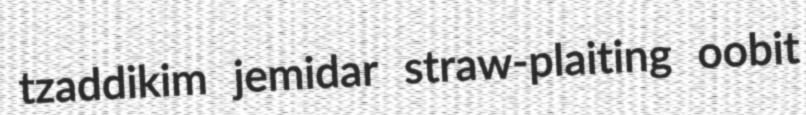
tzaddikim jemidar straw-plaiting oobit